Scottish Leaving Certificate Examination, 1961
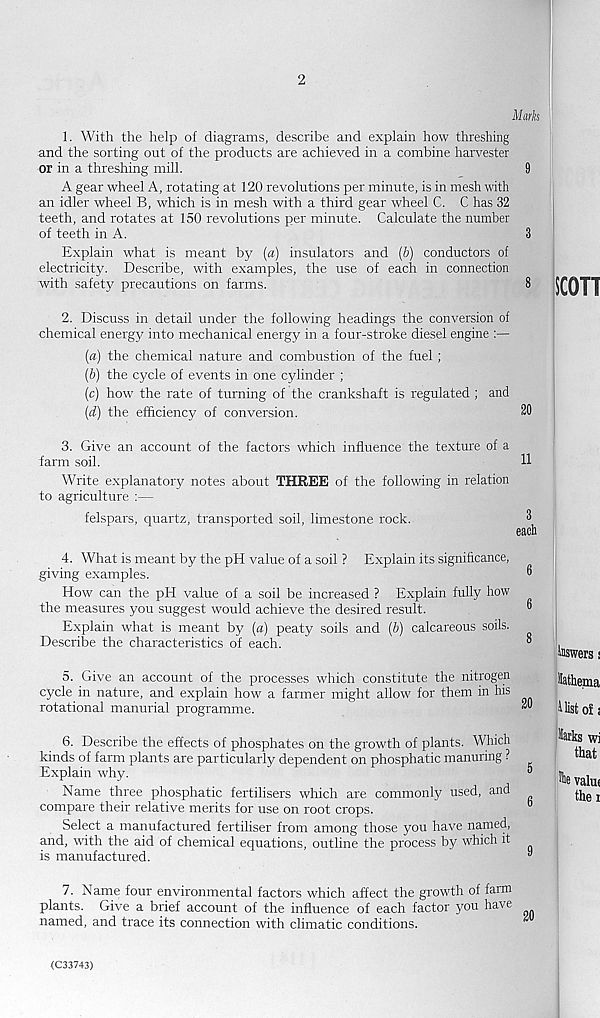
1. With the help of diagrams, describe and explain how threshing
and the sorting out of the products are achieved in a combine harvester
or in a threshing mill.
A gear wheel A, rotating at 120 revolutions per minute, is in mesh with
an idler wheel B, which is in mesh with a third gear wheel C. C has 32
teeth, and rotates at 150 revolutions per minute. Calculate the number
of teeth in A.
Explain what is meant by {a) insulators and (6) conductors of
electricity. Describe, with examples, the use of each in connection
with safety precautions on farms.
2. Discuss in detail under the following headings the conversion of
chemical energy into mechanical energy in a four-stroke diesel engine :—
(a) the chemical nature and combustion of the fuel ;
(&) the cycle of events in one cylinder ;
(c) how the rate of turning of the crankshaft is regulated ; and
{d) the efficiency of conversion.
3. Give an account of the factors which influence the texture of a
farm soil.
Write explanatory notes about THREE of the following in relation
to agriculture :—
felspars, quartz, transported soil, limestone rock.
4. What is meant by the pH value of a soil ? Explain its significance,
giving examples.
How can the pH value of a soil be increased ? Explain fully how
the measures you suggest would achieve the desired result.
Explain what is meant by {a) peaty soils and (b) calcareous soils.
Describe the characteristics of each.
5. Give an account of the processes which constitute the nitrogen
cycle in nature, and explain how a farmer might allow for them in his
rotational manurial programme.
6. Describe the effects of phosphates on the growth of plants. Which
kinds of farm plants are particularly dependent on phosphatic manuring ?
Explain why.
Name three phosphatic fertilisers which are commonly used, and
compare their relative merits for use on root crops.
Select a manufactured fertiliser from among those you have named,
and, with the aid of chemical equations, outline the process by which it
is manufactured.
7. Name four environmental factors which affect the growth of farm
plants. Give a brief account of the influence of each factor you have
named, and trace its connection with climatic conditions.
<C33743)